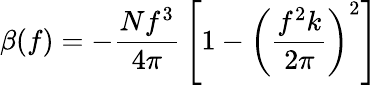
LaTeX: \beta(f)=-{\frac{Nf^{3}}{4\pi}}\left[1-\left({\frac{f^{2}k}{2\pi}}\right)^{2}\right]